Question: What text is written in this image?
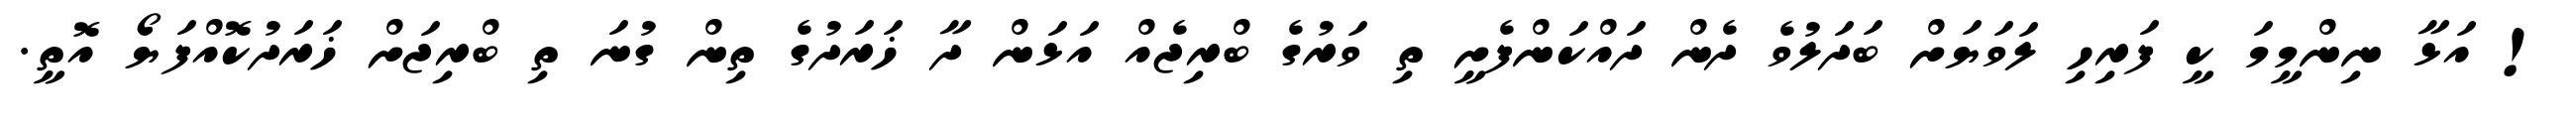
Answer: ! އަޅާ ނިންމީމަ ކީ ފަރިހި ލަވަޔަށް ބަދަލުވެ ދެން ދައްކަންފެށީ ތި ވަރުގެ ބްރިޖެއް އަޅަން ދާ ޚަރަދުގެ ތިން ގުނަ ތި ބްރިޖަށް ޚަރަދުކޮއްފަޔޯ އޮތީ.